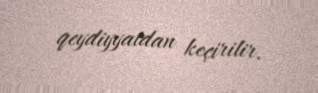
qeydiyyatdan keçirilir.